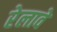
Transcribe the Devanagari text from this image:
रेलावे